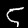
Digit: 5